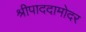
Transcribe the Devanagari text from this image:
श्रीपाददामोदर